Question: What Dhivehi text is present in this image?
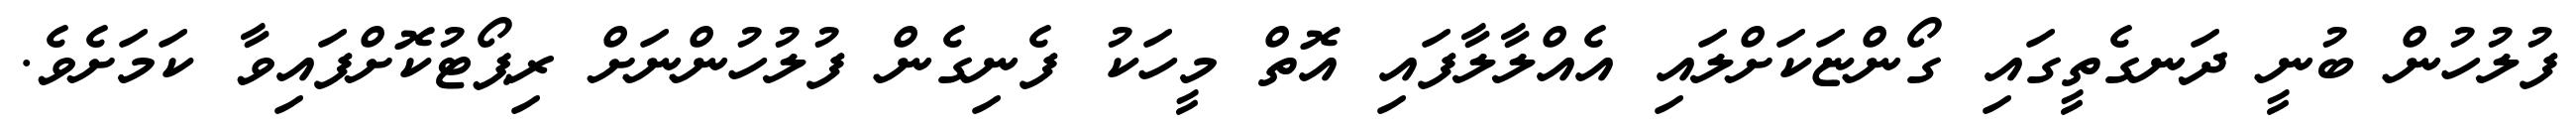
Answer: ފުލުހުން ބުނީ ދަނގެތީގައި ގޯންޏަކަށްލައި އެއްލާލާފައި އޮތް މީހަކު ފެނިގެން ފުލުހުންނަށް ރިޕޯޓުކޮށްފައިވާ ކަމަށެވެ.